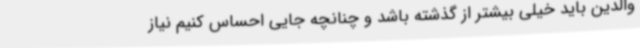
والدین باید خیلی بیشتر از گذشته باشد و چنانچه جایی احساس کنیم نیاز